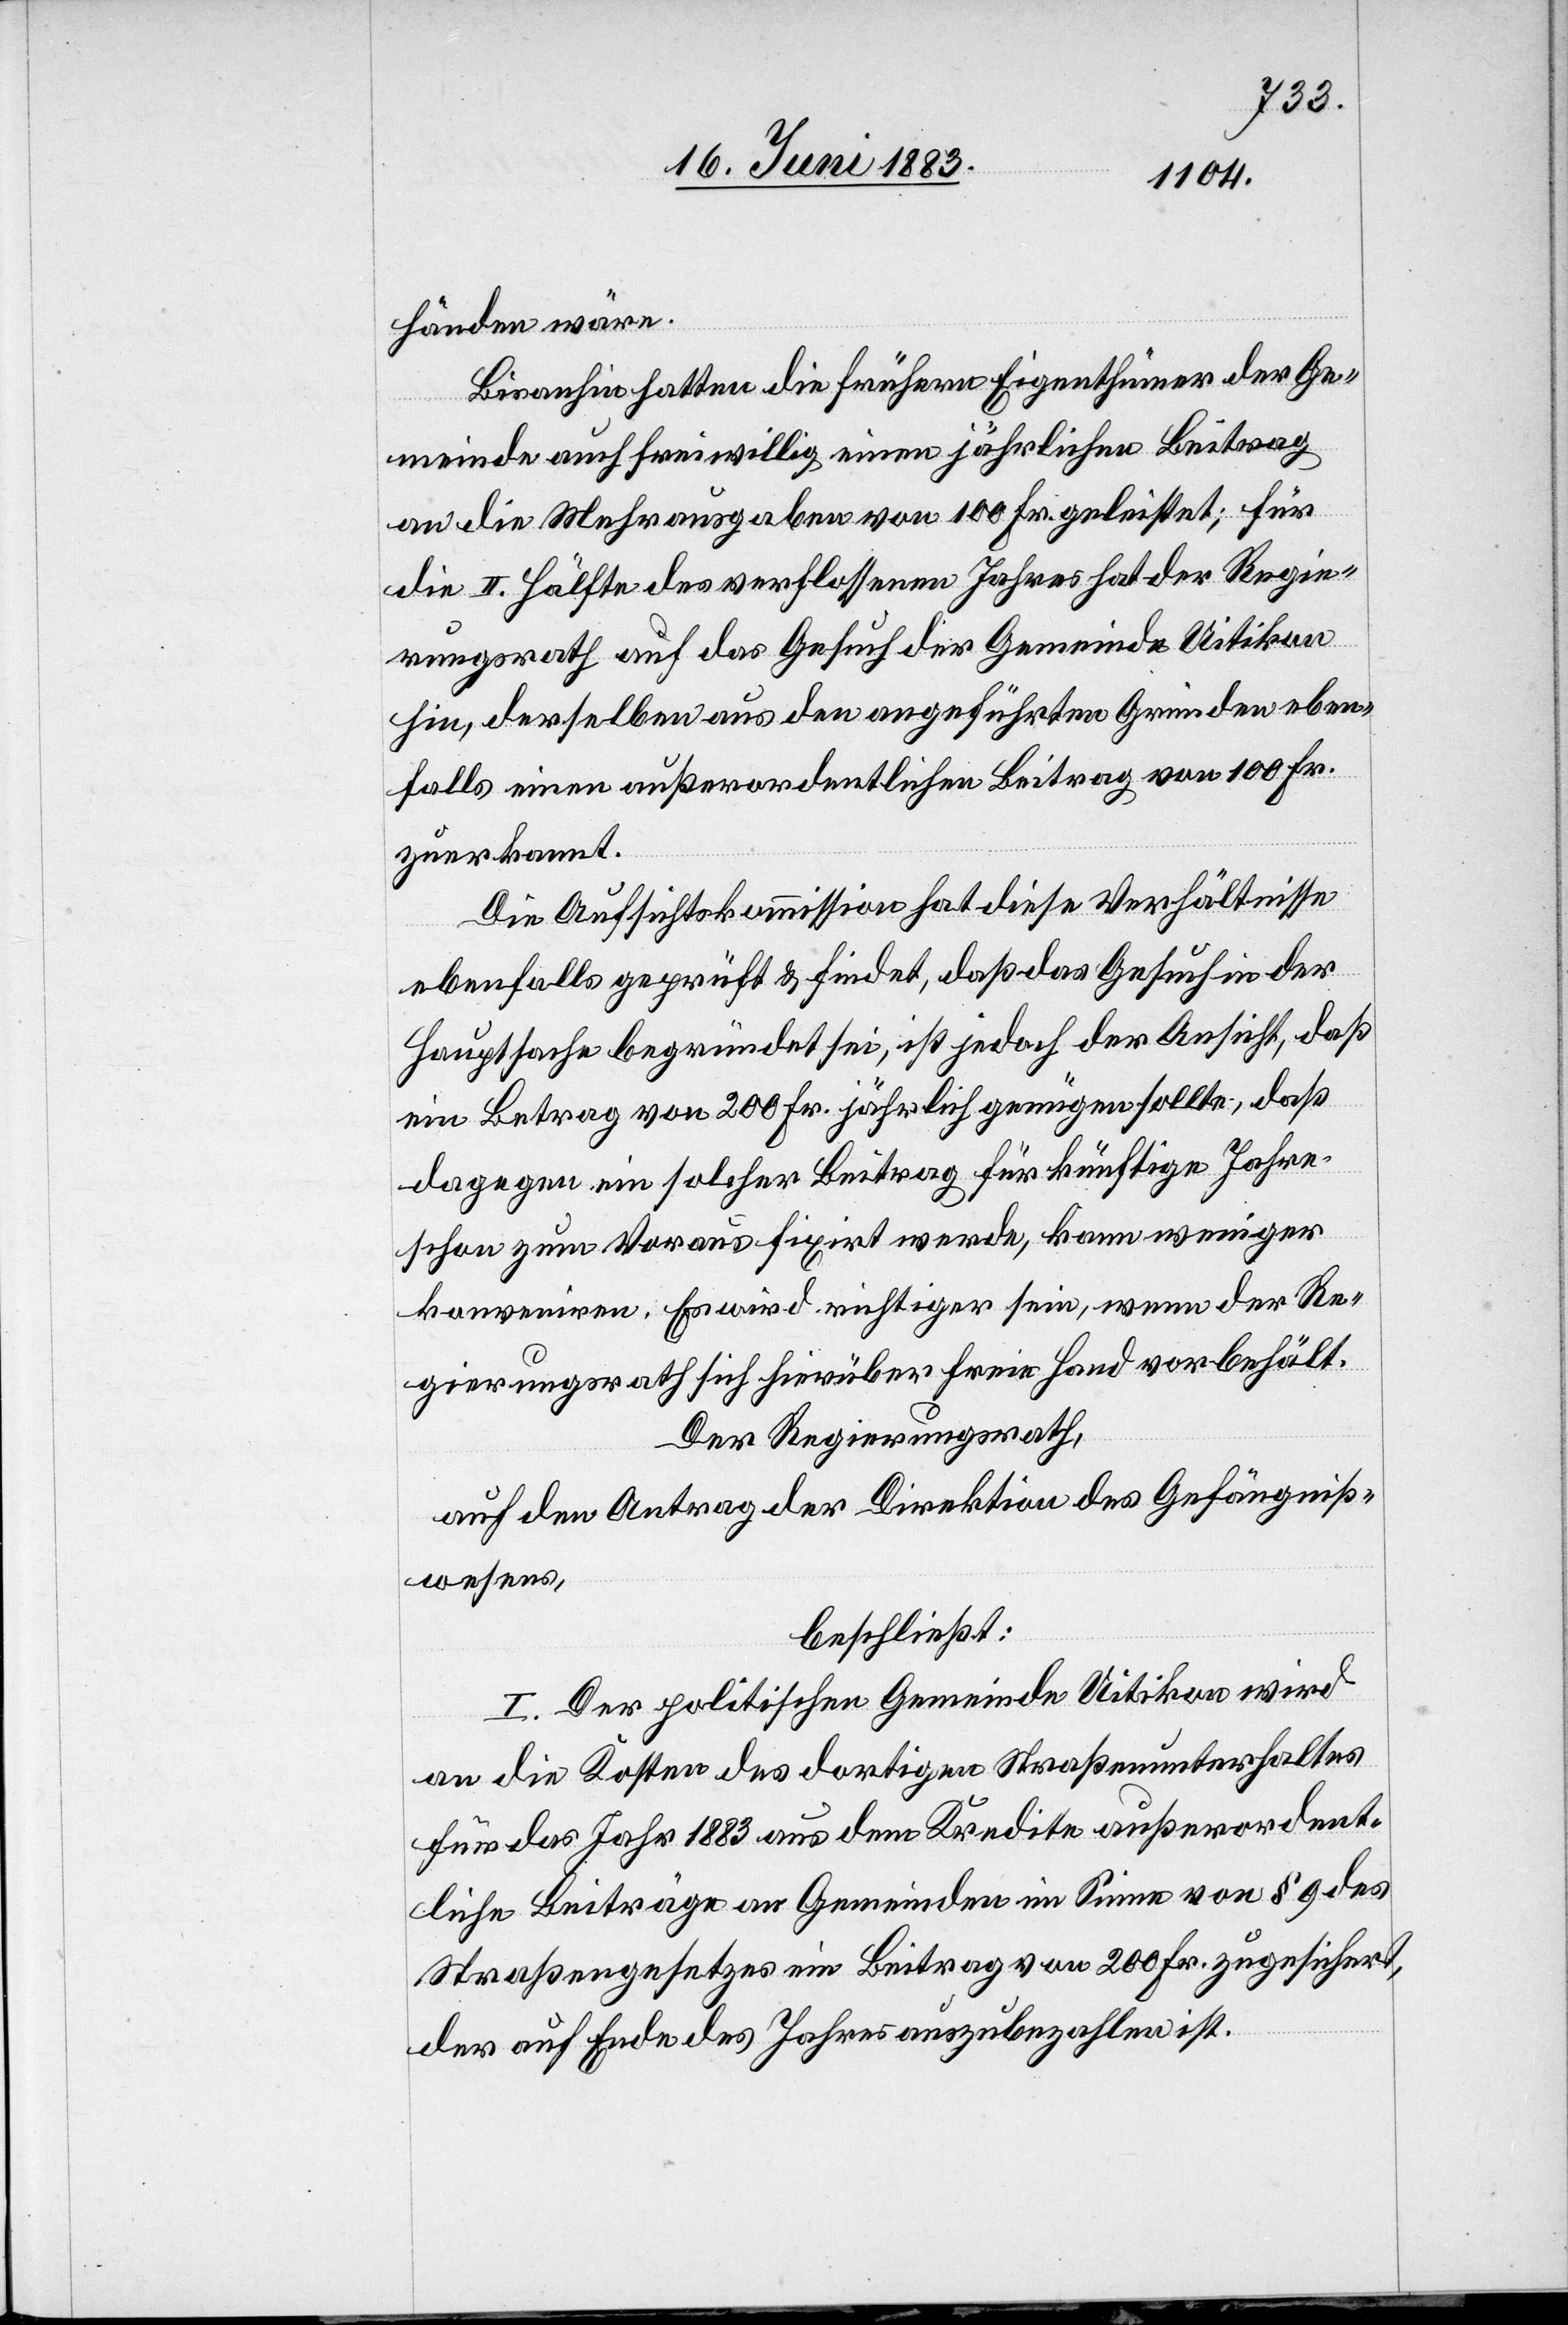
händen wäre.
Bisanhin hatten die frühern Eigenthümer der Ge¬
meinde auch freiwillig einen jährlichen Beitrag
an die Mehrausgaben von 100 Fr. geleistet; für
die II. Hälfte des verflossenen Jahres hat der Regie¬
rungsrath auf das Gesuch der Gemeinde Uitikon
hin, derselben aus den angeführten Gründen eben¬
falls einen außerordentlichen Beitrag von 100 Fr.
zuerkannt.
Die Aufsichtskommission hat diese Verhältnisse
ebenfalls geprüft & findet, daß das Gesuch in der
Hauptsache begründet sei, ist jedoch der Ansicht, daß
ein Betrag von 200 Fr. jährlich genügen sollte, daß
dagegen ein solcher Beitrag für künftige Jahre
schon zum Voraus fixirt werde, kann weniger
konveniren. Es wird richtiger sein, wenn der Re¬
gierungsrath sich hierüber freie Hand vorbehält.
Der Regierungsrath,
auf den Antrag der Direktion des Gefängniß¬
wesens,
beschließt:
I. Der politischen Gemeinde Uitikon wird
an die Kosten des dortigen Straßenunterhaltes
für das Jahr 1883 aus dem Kredite außerordent¬
liche Beiträge an Gemeinden im Sinne von § 9 des
Straßengesetzes ein Beitrag von 200 Fr. zugesichert,
der auf Ende des Jahres auszubezahlen ist.